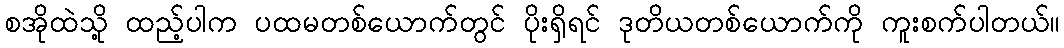
စအိုထဲသို့ ထည့်ပါက ပထမတစ်ယောက်တွင် ပိုးရှိရင် ဒုတိယတစ်ယောက်ကို ကူးစက်ပါတယ်။